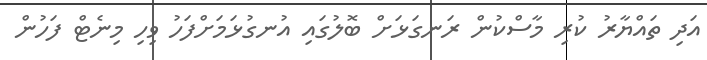
އަދި ތައްޔާރު ކުރި މާސްކުން ރަނގަޅަށް ބޮލުގައި އުނގުޅަމަށްފަހު ވިހި މިނެޓް ފަހުން